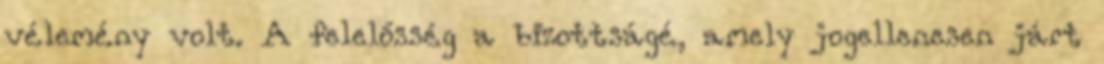
vélemény volt. A felelősség a bizottságé, amely jogellenesen járt